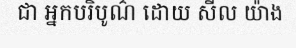
ជា អ្នកបរិបូណ៌ ដោយ សីល យ៉ាង